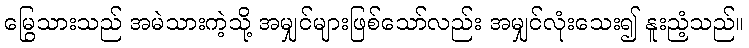
မြွေသားသည် အမဲသားကဲ့သို့ အမျှင်များဖြစ်သော်လည်း အမျှင်လုံးသေး၍ နူးညံ့သည်။